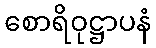
စောရိဝုဋ္ဌာပနံ